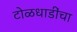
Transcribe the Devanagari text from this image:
टोळधाडींचा